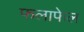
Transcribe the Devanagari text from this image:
फलाफेल